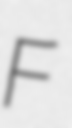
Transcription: F